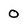
Character: 0